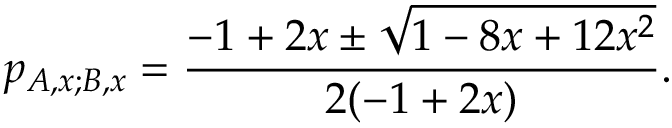
p _ { { A , x } ; { B , x } } = \frac { - 1 + 2 x \pm \sqrt { 1 - 8 x + 1 2 x ^ { 2 } } } { 2 ( - 1 + 2 x ) } .